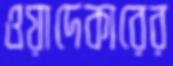
ওয়াদেকারের